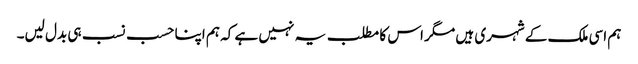
ہم اسی ملک کے شہری ہیں مگر اس کا مطلب یہ نہیں ہے کہ ہم اپنا حسب نسب ہی بدل لیں۔